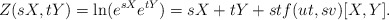
\begin{align*}Z(sX,tY) = \ln(e^{sX} e^{tY}) = sX+tY + st f(ut,sv) [X,Y].\end{align*}